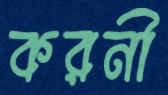
করনী